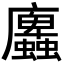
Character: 蠯